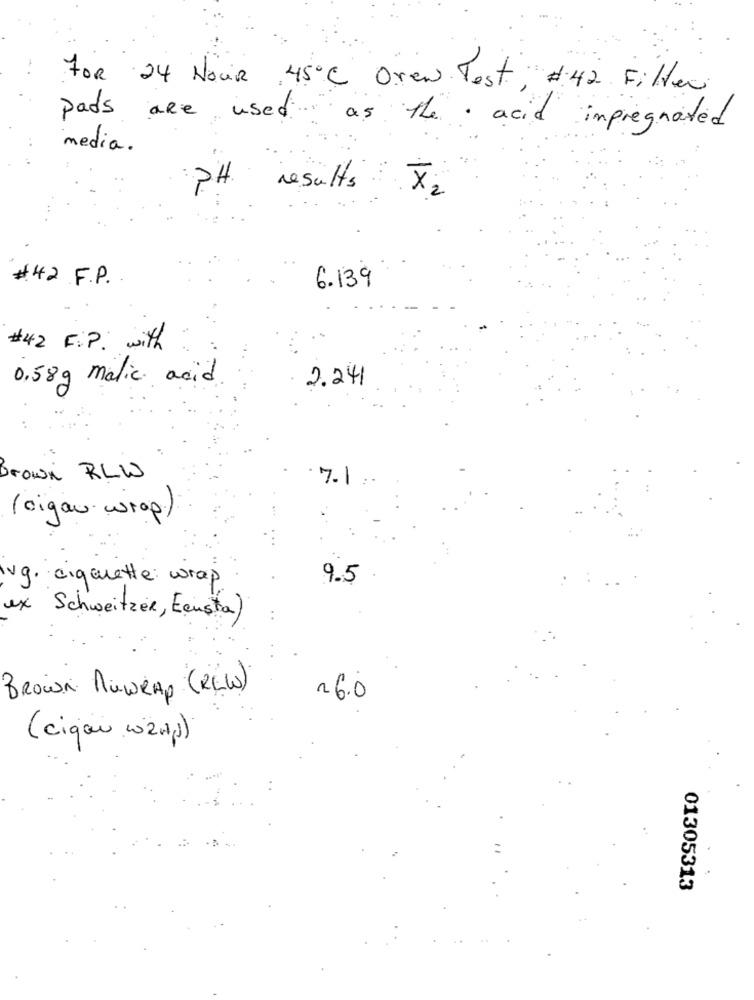
FOR 24 Hour 45º C Oren Test , #:42 Filter
pads are used as the acid impregnated
media.
PH results X2
#42 F.P.
6.139
# 42 F.P. with
0.58g malic acid
2.241
Brown RLW
7.1
(cigar wrop.)
lvg. cigarette wrap
9.5
ex Schweitzer, Ecusta)
Brown MuWRAP (REW)
26.0
(cigão, 1021)
01305313